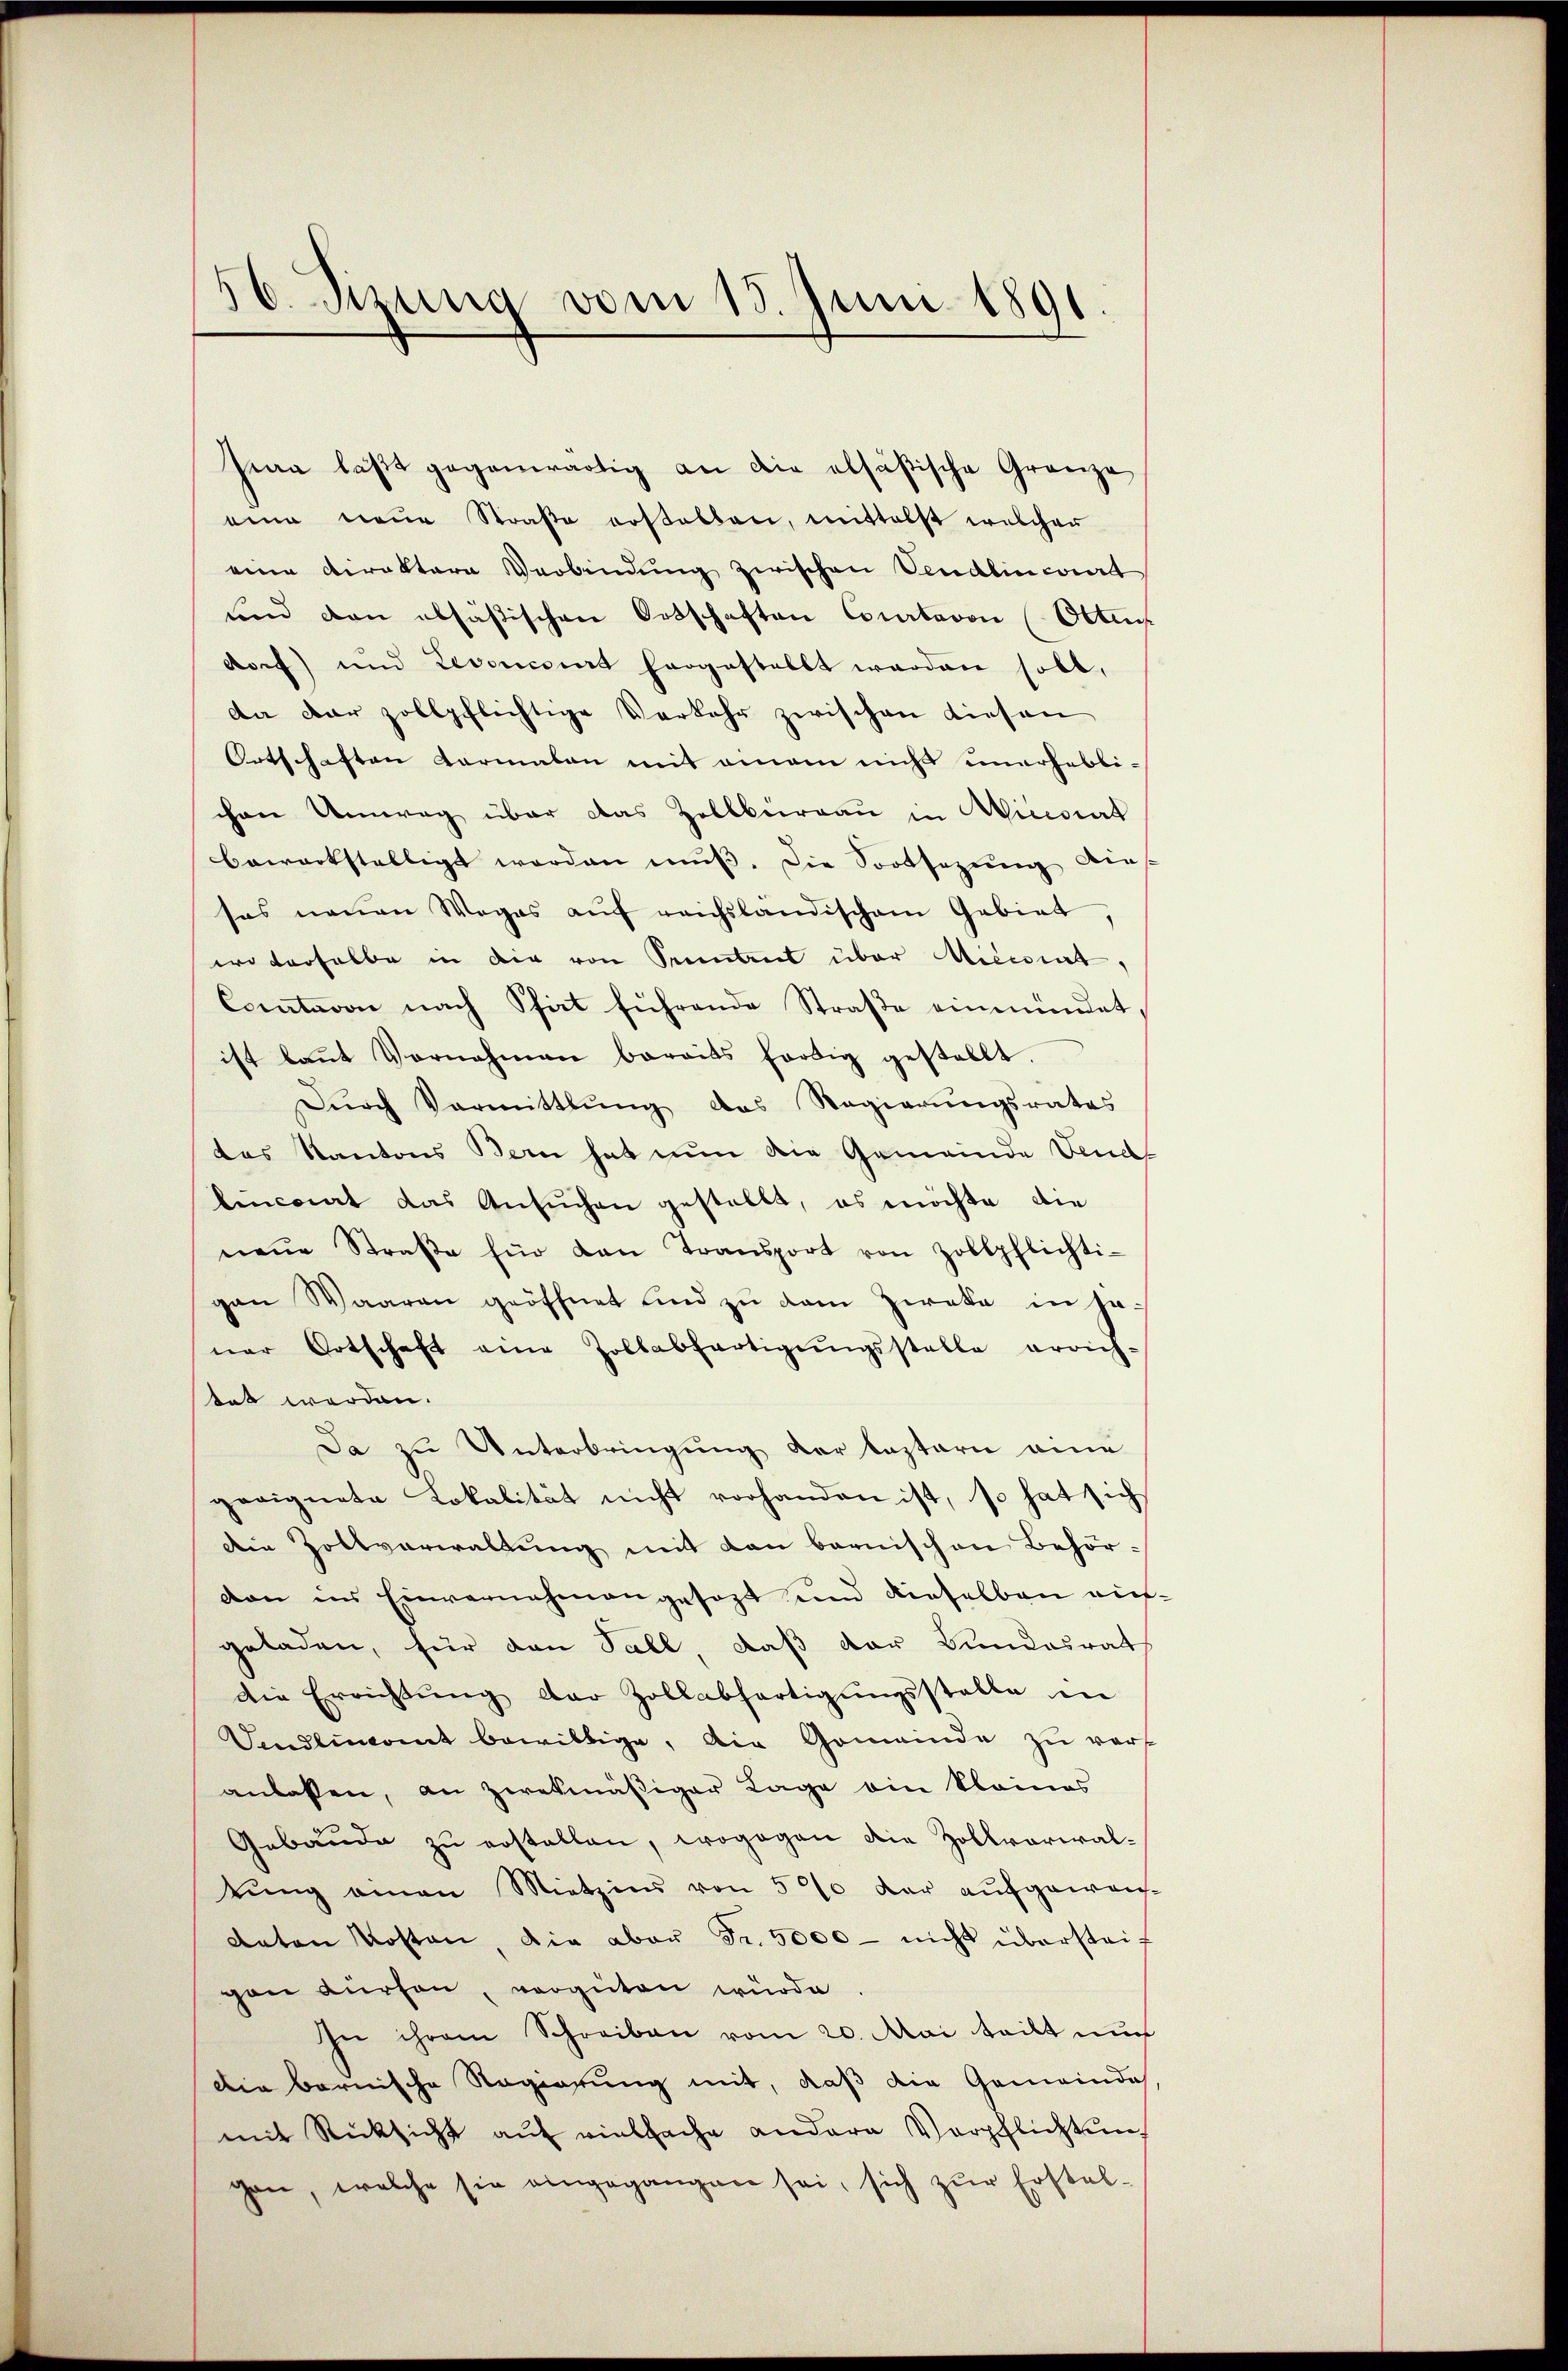
50. Sizung vom 15. Juni 1891

sia läßt gegenwärtig an die absäβische Gränze
eine neŭe Straβe erstatten, mittelst welcher
eine Direktore Verbindŭng zwischen Vendlincourt
und den absäsischen Ortschaften Courtavon Otten
dorf und Levancirt hergestellt werden soll,
da dar zollpflichtige Verkehr zwischen diesen
Ortschaften Karmalen mit einem nicht unerheblichen Umweg über das Zollbüreau in Winciat
bewerkstelligt worden muß. Die Sootsazung die
sas neuen Weges aŭf reichslandischem Gebiet,
wo derselbe in die von Seitet über Micciat,
Coatavon nach Staat führende Straβe einmündet
ist baŭt Vornahmen bereits fordig gestellt.
Dŭrch Vormittlung das Regierŭngsrates
das Kantons Bern hat nun die Gemeinde Vend
linciat das Ansŭchen gestellt, es möchte die
neŭe Straβe für dan Transport von Zollpflichti-
gen Waaren geöffnet sind zu dem Zweke in je-
ner Ortschaft eine Zollabfertigŭngsstelle errich-
tet werden.
Da zu Unterbringung der leztern eine
geeignete Lokalität nicht vorhanden ist, so hat sich
die Zollverwaltung mit den bernischen Behörvon im Einvernahm angesezt und dieselben auf
geladen, für den Fall, daß der Bundesrath
die Errichtŭng der Zollabfertigŭngsstelle in
Vendlinamt bewillige, die Gemeinde zŭ verf
anlassen, an zwekmäßiger Lage ein kleines
Gebäude zu erstellen, wogegen die Zollverwaltŭng einen Mietzins von 500 der aufgewach-
Anton Kosten, die aber Fr. 5000 - nicht übersteigen dürfen, verguten würde
In ihrem Schreiben vom 20. Mai teilt auch
Die bernische Regierung mit, daß die Gemeinde
mit Rücksicht auf vielfache andere Verpflichtung
gen, welche sie eingegangen sei, sich zŭr Erstel-